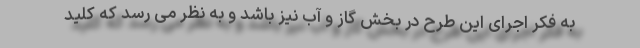
به فکر اجرای این طرح در بخش گاز و آب نیز باشد و به نظر می رسد که کلید